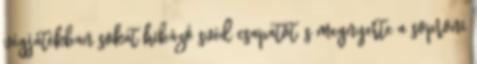
végjátékban sokat hibázó svéd csapatot, s megnyerte a soproni